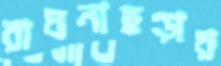
রাঘনাছড়ায়